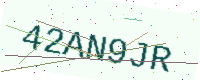
Text: 42AN9JR